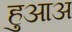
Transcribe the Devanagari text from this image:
हुआअ